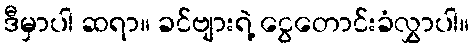
ဒီမှာပါ ဆရာ။ ခင်ဗျားရဲ့ ငွေတောင်းခံလွှာပါ။